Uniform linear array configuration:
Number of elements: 48
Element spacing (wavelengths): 0.75
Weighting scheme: exponential
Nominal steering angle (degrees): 30
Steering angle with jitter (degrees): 28.596
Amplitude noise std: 0.05
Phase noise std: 0.05

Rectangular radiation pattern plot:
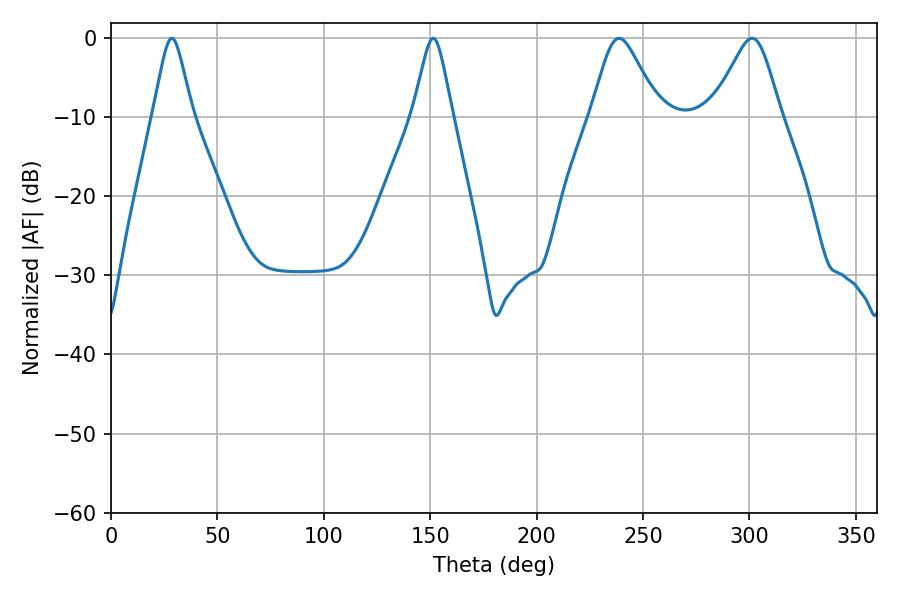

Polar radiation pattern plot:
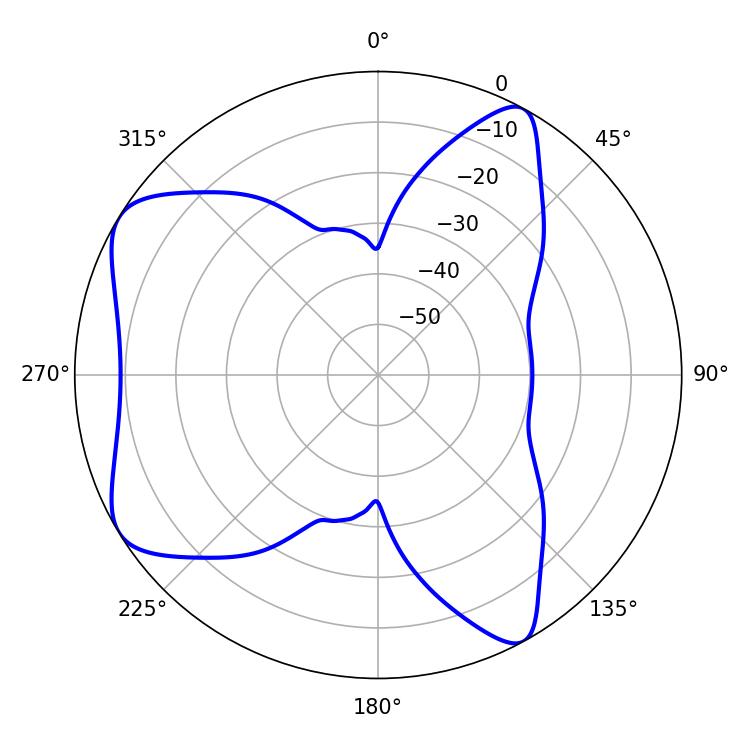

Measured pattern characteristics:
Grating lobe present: TRUE
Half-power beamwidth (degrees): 8.82
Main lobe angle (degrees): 28.62